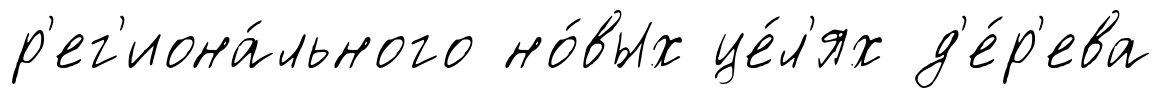
р'ег'иона́льного но́вых це́л'ях д'е́р'ева